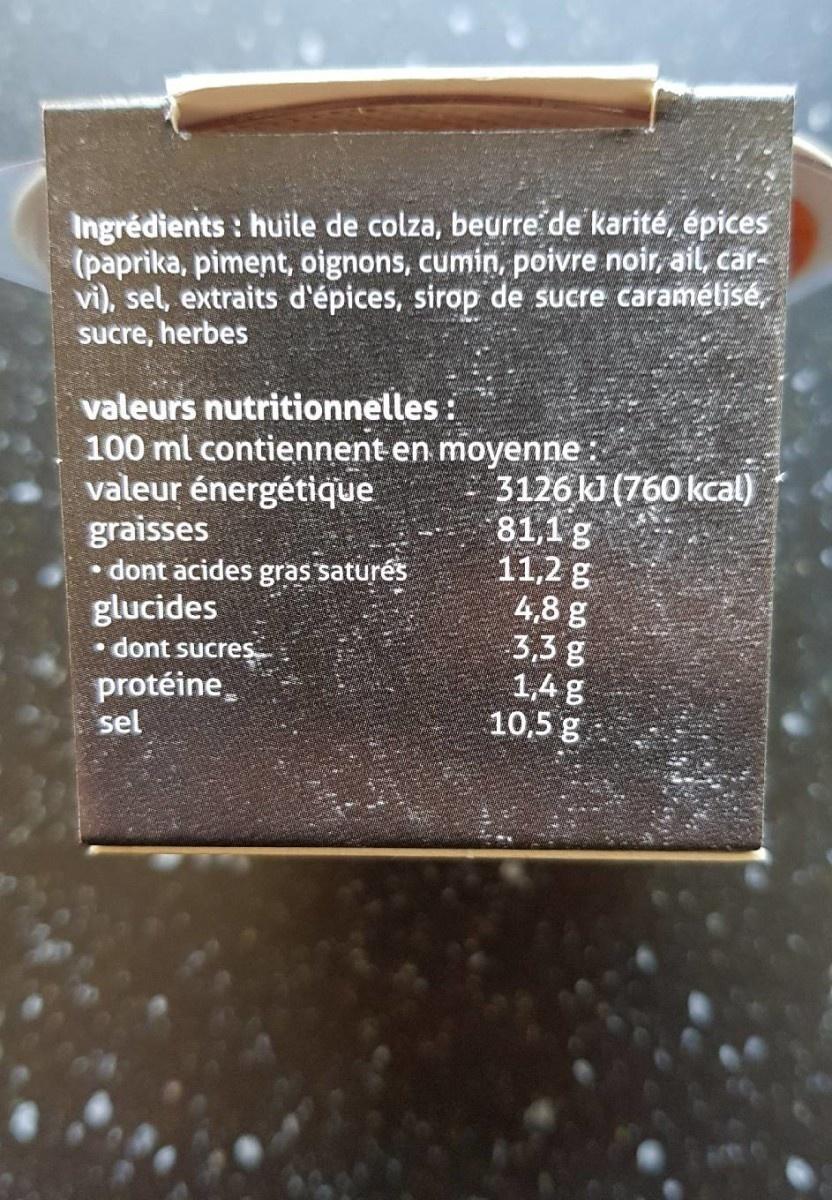
Ingrédients : huile de colza, beurre de karité, épices (paprika, piment, oignons, cumin, poivre noir, ail, car- vi), sel, extraits d'épices, sirop de sucre caramélisé, Sucre, herbes
valeurs nutritionnelles : 100 ml contiennent en moyenne : valeur énergétique graisses dont acides gras saturés glucides • dont sucres
3126 kJ (760 kcal) 81,1g 11,2 g 4,8 g 3,3 g 1,4 g 10,5 g
protéine sel